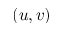
\left( u , v \right)